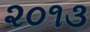
૨૦૧૩